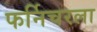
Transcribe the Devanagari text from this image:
फर्निचरला